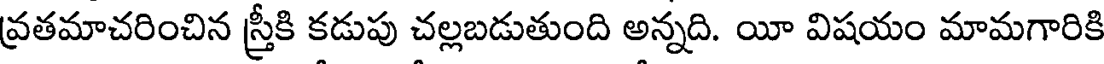
వ్రతమాచరించిన స్త్రీకి కడుపు చల్లబడుతుంది అన్నది. యీ విషయం మామగారికి